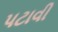
પટાવી